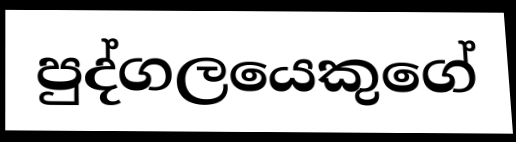
පුද්ගලයෙකුගේ